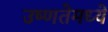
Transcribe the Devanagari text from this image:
उष्णतेमध्ये